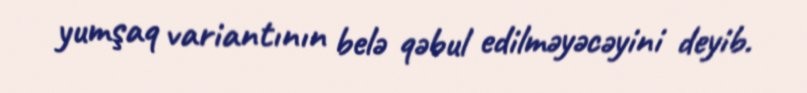
yumşaq variantının belə qəbul edilməyəcəyini deyib.